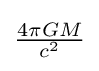
{\begin{matrix}{\frac {4\pi GM}{c^{2}}}\end{matrix}}